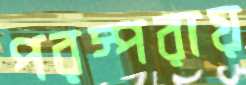
পরস্পরায়